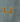
به